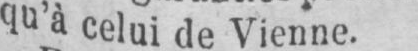
qu’à celui de Vienne.